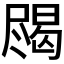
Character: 𱛀